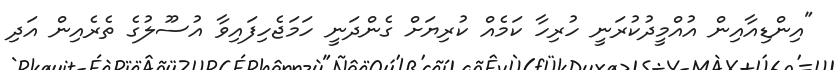
"އިންޑިއާއިން އުއްމީދުކުރަނީ ހުރިހާ ކަމެއް ކުރިޔަށް ގެންދަނީ ހަމަޖެހިފައިވާ އުސޫލުގެ ތެރެއިން އަދި